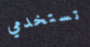
تستخدمي